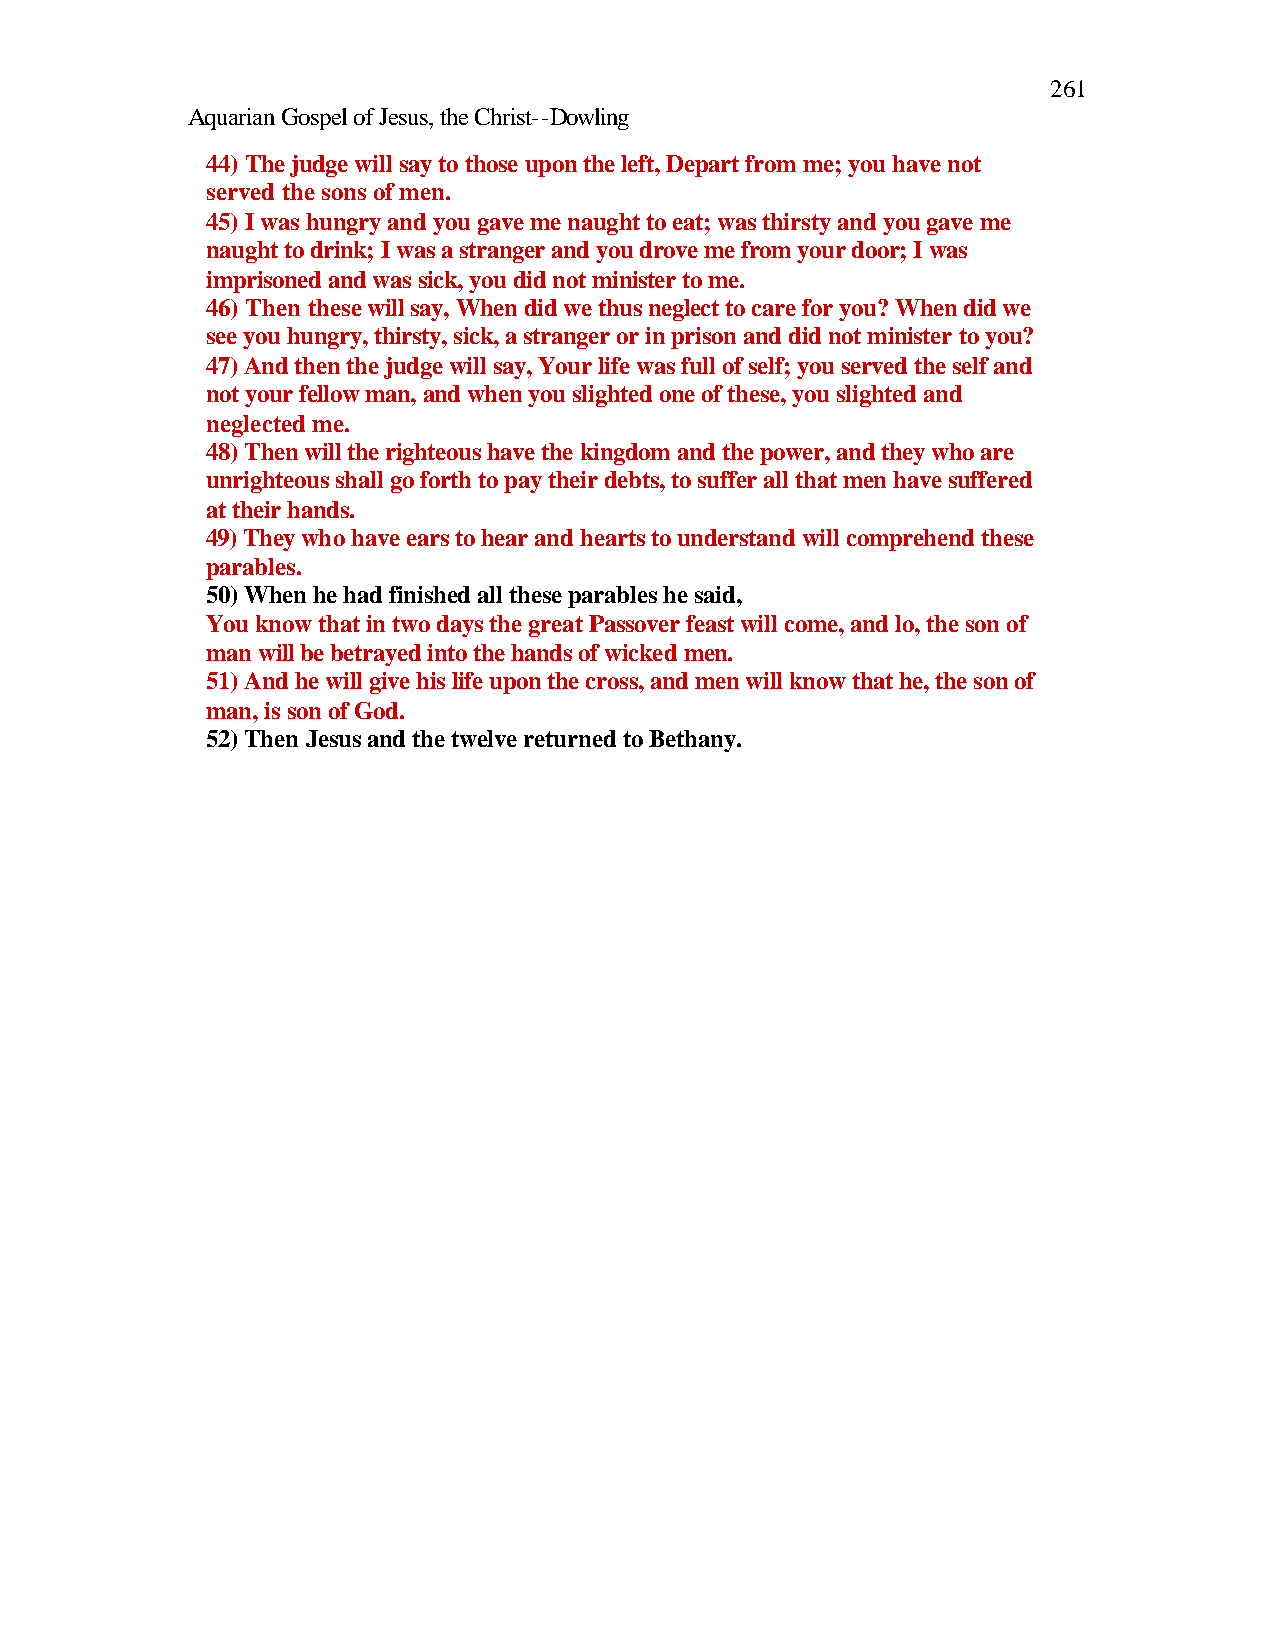
261
 Aquarian Gospel of Jesus, the Christ--Dowling
 44) The judge will say to those upon the left, Depart from me; you have not
 served the sons of men.
 45) I was hungry and you gave me naught to eat; was thirsty and you gave me
 naught to drink; I was a stranger and you drove me from your door; I was
 imprisoned and was sick, you did not minister to me.
 46) Then these will say, When did we thus neglect to care for you? When did we
 see you hungry, thirsty, sick, a stranger or in prison and did not minister to you?
 47) And then the judge will say, Your life was full of self; you served the self and
 not your fellow man, and when you slighted one of these, you slighted and
 neglected me.
 48) Then will the righteous have the kingdom and the power, and they who are
 unrighteous shall go forth to pay their debts, to suffer all that men have suffered
 at their hands.
 49) They who have ears to hear and hearts to understand will comprehend these
 parables.
 50) When he had finished all these parables he said,
 You know that in two days the great Passover feast will come, and lo, the son of
 man will be betrayed into the hands of wicked men.
 51) And he will give his life upon the cross, and men will know that he, the son of
 man, is son of God.
 52) Then Jesus and the twelve returned to Bethany.